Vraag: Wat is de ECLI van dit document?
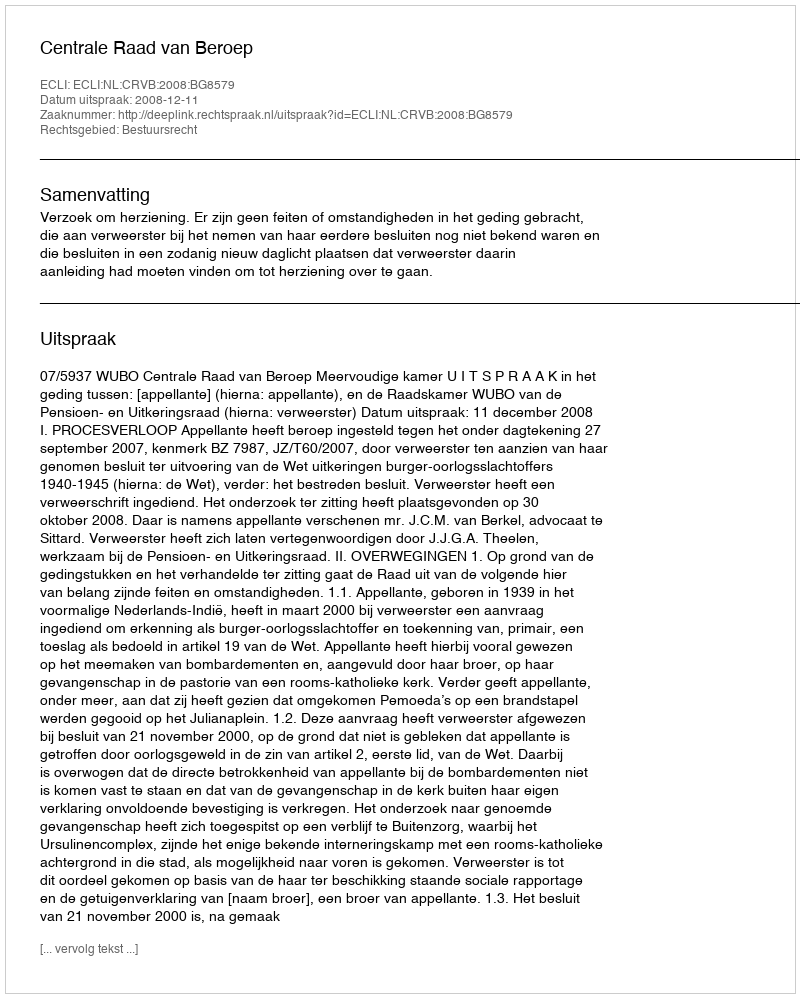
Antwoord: ECLI:NL:CRVB:2008:BG8579